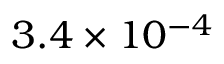
3 . 4 \times 1 0 ^ { - 4 }